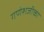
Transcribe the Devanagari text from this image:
गणेशजीका